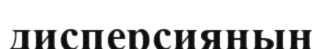
дисперсияның